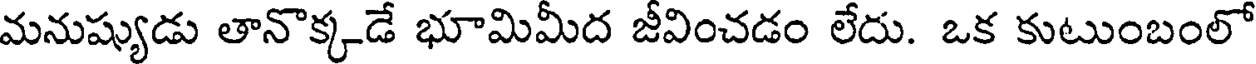
మనుష్యుడు తానొక్కడే భూమిమీద జీవించడం లేదు. ఒక కుటుంబంలో